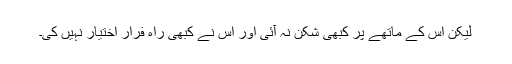
لیکن اس کے ماتھے پر کبھی شکن نہ آئی اور اس نے کبھی راہ فرار اختیار نہیں کی۔